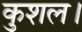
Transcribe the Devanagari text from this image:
कुशल।